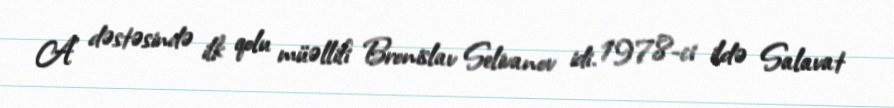
A" dəstəsində ilk qolu müəllifi Bronislav Selivanov idi. 1978-ci ildə Salavat